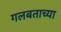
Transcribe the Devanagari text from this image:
गलबताच्या